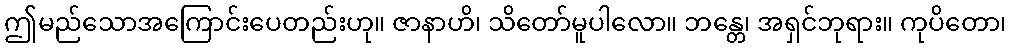
ဤမည်သောအကြောင်းပေတည်းဟု။ ဇာနာဟိ၊ သိတော်မူပါလော။ ဘန္တေ၊ အရှင်ဘုရား။ ကုပိတော၊